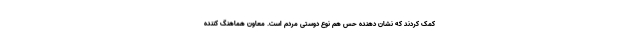
کمک کردند که نشان دهنده حس هم نوع دوستی مردم است. معاون هماهنگ کننده